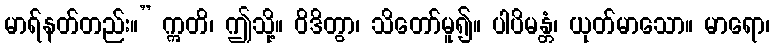
မာရ်နတ်တည်း။” ဣတိ၊ ဤသို့။ ဝိဒိတွာ၊ သိတော်မူ၍။ ပါပိမန္တံ၊ ယုတ်မာသော။ မာရော၊